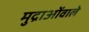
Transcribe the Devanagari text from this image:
मुद्राओंवाले